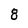
Character: 8